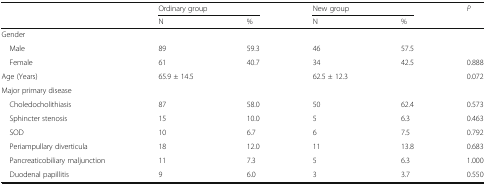
<table><thead><tr><td rowspan="2"></td><td colspan="2"><b>Ordinary group</b></td><td colspan="2"><b>New group</b></td><td><b><i>P</i></b></td></tr><tr><td><b>N</b></td><td><b>%</b></td><td><b>N</b></td><td><b>%</b></td><td></td></tr></thead><tbody><tr><td colspan="6">Gender</td></tr><tr><td> Male</td><td>89</td><td>59.3</td><td>46</td><td>57.5</td><td></td></tr><tr><td> Female</td><td>61</td><td>40.7</td><td>34</td><td>42.5</td><td>0.888</td></tr><tr><td>Age (Years)</td><td>65.9 ± 14.5</td><td></td><td>62.5 ± 12.3</td><td></td><td>0.072</td></tr><tr><td colspan="6">Major primary disease</td></tr><tr><td> Choledocholithiasis</td><td>87</td><td>58.0</td><td>50</td><td>62.4</td><td>0.573</td></tr><tr><td> Sphincter stenosis</td><td>15</td><td>10.0</td><td>5</td><td>6.3</td><td>0.463</td></tr><tr><td> SOD</td><td>10</td><td>6.7</td><td>6</td><td>7.5</td><td>0.792</td></tr><tr><td> Periampullary diverticula</td><td>18</td><td>12.0</td><td>11</td><td>13.8</td><td>0.683</td></tr><tr><td> Pancreaticobiliary maljunction</td><td>11</td><td>7.3</td><td>5</td><td>6.3</td><td>1.000</td></tr><tr><td> Duodenal papillitis</td><td>9</td><td>6.0</td><td>3</td><td>3.7</td><td>0.550</td></tr></tbody></table>